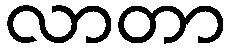
လာတာ